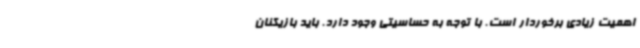
اهمیت زیادی برخوردار است. با توجه به حساسیتی وجود دارد. باید بازیکنان